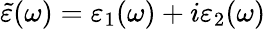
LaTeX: \tilde{\varepsilon}(\omega)=\varepsilon_{1}(\omega)+i\varepsilon_{2}(\omega)